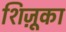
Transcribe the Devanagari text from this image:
शिज़ूका